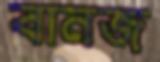
বানজ